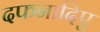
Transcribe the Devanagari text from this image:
दफनादिए